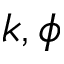
k , \phi